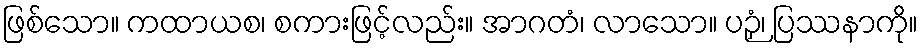
ဖြစ်သော။ ကထာယစ၊ စကားဖြင့်လည်း။ အာဂတံ၊ လာသော။ ပဉှံ၊ ပြဿနာကို။